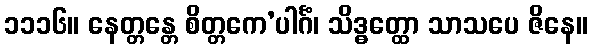
၁၁၁၆။ နေတ္တန္တေ စိတ္တကေ’ပါင်္ဂံ၊ သိဒ္ဓတ္ထော သာသပေ ဇိနေ။